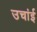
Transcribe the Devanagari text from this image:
उचांई